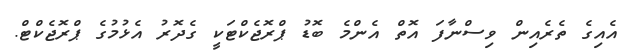
އެއިގެ ތެރެއިން ވިސްނާފަ އޮތް އެންމެ ބޮޑު ޕްރޮޖެކްޓަކީ ގެދޮރު އެޅުމުގެ ޕްރޮޖެކްޓް.